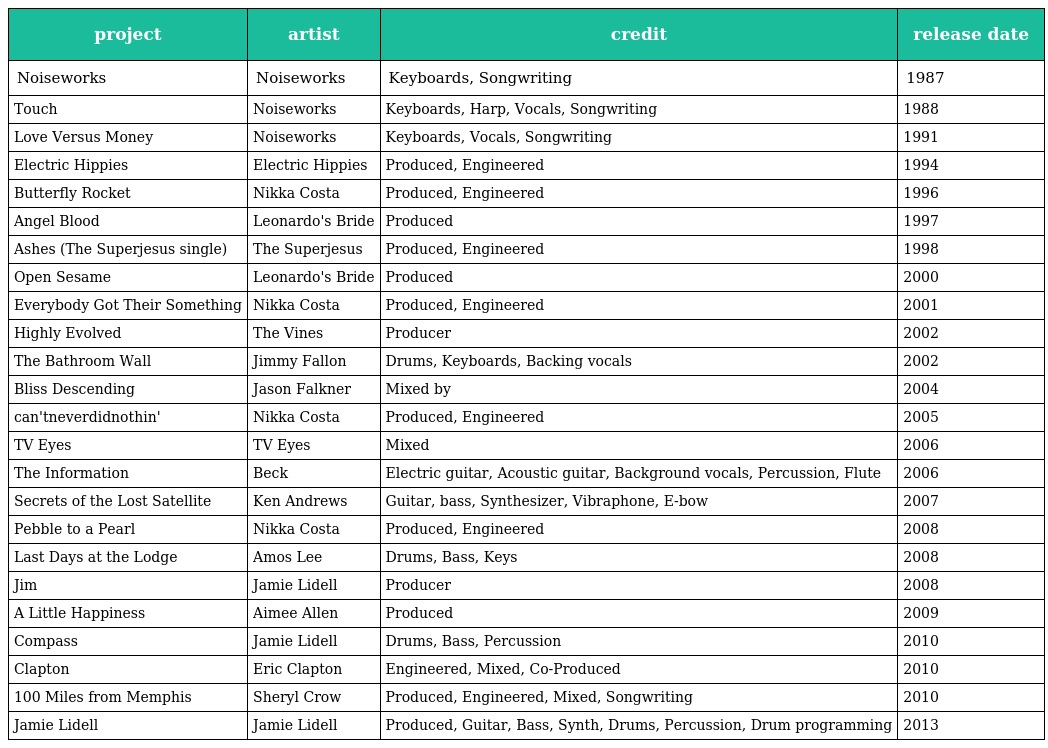
| project | artist | credit | release date |
 | --- | --- | --- | --- |
 | Noiseworks | Noiseworks | Keyboards, Songwriting | 1987 |
 | Touch | Noiseworks | Keyboards, Harp, Vocals, Songwriting | 1988 |
 | Love Versus Money | Noiseworks | Keyboards, Vocals, Songwriting | 1991 |
 | Electric Hippies | Electric Hippies | Produced, Engineered | 1994 |
 | Butterfly Rocket | Nikka Costa | Produced, Engineered | 1996 |
 | Angel Blood | Leonardo's Bride | Produced | 1997 |
 | Ashes (The Superjesus single) | The Superjesus | Produced, Engineered | 1998 |
 | Open Sesame | Leonardo's Bride | Produced | 2000 |
 | Everybody Got Their Something | Nikka Costa | Produced, Engineered | 2001 |
 | Highly Evolved | The Vines | Producer | 2002 |
 | The Bathroom Wall | Jimmy Fallon | Drums, Keyboards, Backing vocals | 2002 |
 | Bliss Descending | Jason Falkner | Mixed by | 2004 |
 | can'tneverdidnothin' | Nikka Costa | Produced, Engineered | 2005 |
 | TV Eyes | TV Eyes | Mixed | 2006 |
 | The Information | Beck | Electric guitar, Acoustic guitar, Background vocals, Percussion, Flute | 2006 |
 | Secrets of the Lost Satellite | Ken Andrews | Guitar, bass, Synthesizer, Vibraphone, E-bow | 2007 |
 | Pebble to a Pearl | Nikka Costa | Produced, Engineered | 2008 |
 | Last Days at the Lodge | Amos Lee | Drums, Bass, Keys | 2008 |
 | Jim | Jamie Lidell | Producer | 2008 |
 | A Little Happiness | Aimee Allen | Produced | 2009 |
 | Compass | Jamie Lidell | Drums, Bass, Percussion | 2010 |
 | Clapton | Eric Clapton | Engineered, Mixed, Co-Produced | 2010 |
 | 100 Miles from Memphis | Sheryl Crow | Produced, Engineered, Mixed, Songwriting | 2010 |
 | Jamie Lidell | Jamie Lidell | Produced, Guitar, Bass, Synth, Drums, Percussion, Drum programming | 2013 |